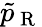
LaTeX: \tilde{p}_{\mathrm{~R~}}